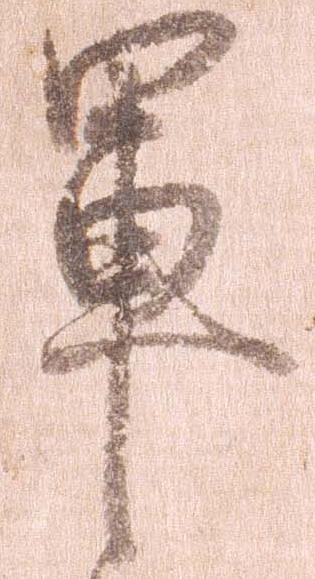
軍